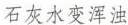
石灰水变浑浊